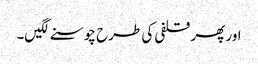
اور پھر قلفی کی طرح چوسنے لگیں۔